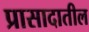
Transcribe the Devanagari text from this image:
प्रासादातील